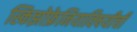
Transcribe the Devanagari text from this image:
स्किझोफ्रेनियाविषयीची